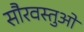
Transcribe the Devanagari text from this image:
सौरवस्तुओं